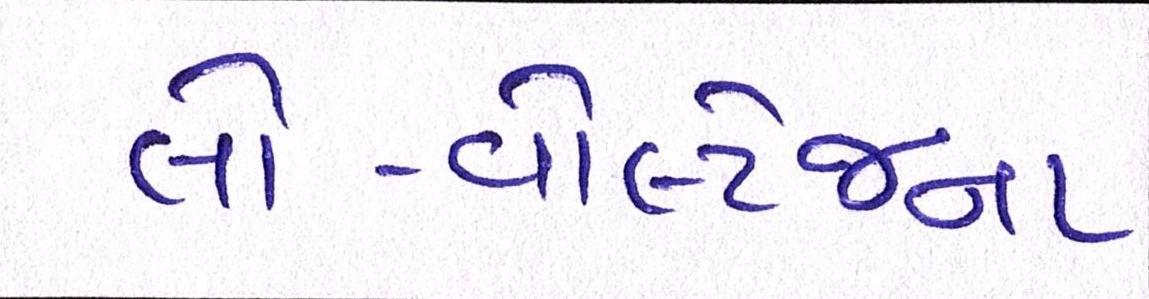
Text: લો-વોલ્ટેજના